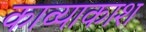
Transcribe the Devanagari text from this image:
काव्याकाश